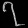
Digit: ၇